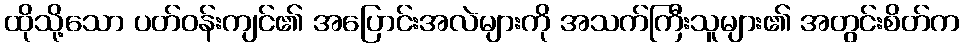
ထိုသို့သော ပတ်ဝန်းကျင်၏ အပြောင်းအလဲများကို အသက်ကြီးသူများ၏ အတွင်းစိတ်က